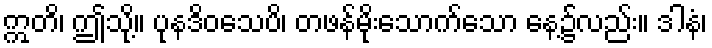
ဣတိ၊ ဤသို့။ ပုနဒိဝသေပိ၊ တဖန်မိုးသောက်သော နေ့၌လည်း။ ဒါနံ၊